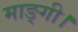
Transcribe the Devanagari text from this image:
माङ्गी।